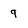
Character: q